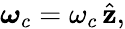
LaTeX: \boldsymbol{\omega}_{c}={\omega}_{c}\, \hat{\mathbf{z}},